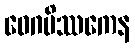
ဝေဂမိဿကေန